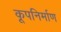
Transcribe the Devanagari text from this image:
कूपनिर्माण